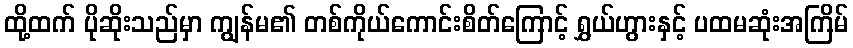
ထို့ထက် ပိုဆိုးသည်မှာ ကျွန်မ၏ တစ်ကိုယ်ကောင်းစိတ်ကြောင့် ရွှယ်ဟွားနှင့် ပထမဆုံးအကြိမ်